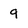
Character: 9